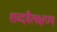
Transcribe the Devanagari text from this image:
शब्दवैलक्षण्य